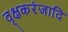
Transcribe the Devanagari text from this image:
वृक्षकरंजादि